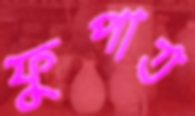
ফুপাত